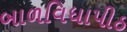
બાળવિધાપીઠ